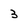
Character: 3